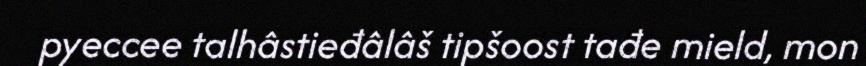
pyeccee talhâstieđâlâš tipšoost tađe mield, mon